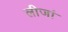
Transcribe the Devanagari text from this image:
लीजां